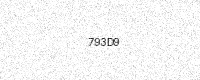
Text: 793D9